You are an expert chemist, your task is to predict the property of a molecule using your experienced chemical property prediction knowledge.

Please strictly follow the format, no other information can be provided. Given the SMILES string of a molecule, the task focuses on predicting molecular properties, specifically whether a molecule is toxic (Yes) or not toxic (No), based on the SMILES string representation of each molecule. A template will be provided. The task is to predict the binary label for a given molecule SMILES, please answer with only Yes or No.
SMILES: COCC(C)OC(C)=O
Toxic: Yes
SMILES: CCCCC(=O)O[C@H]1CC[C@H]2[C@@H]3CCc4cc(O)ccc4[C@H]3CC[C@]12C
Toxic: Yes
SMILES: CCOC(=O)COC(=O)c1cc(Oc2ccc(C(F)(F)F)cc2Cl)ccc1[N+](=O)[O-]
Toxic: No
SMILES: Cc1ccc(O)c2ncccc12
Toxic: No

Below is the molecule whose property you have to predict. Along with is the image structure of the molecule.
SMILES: O=S1(=O)CC=CC1
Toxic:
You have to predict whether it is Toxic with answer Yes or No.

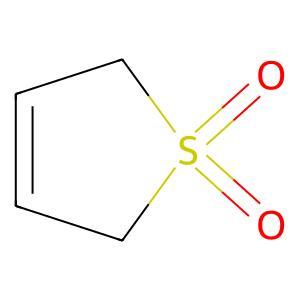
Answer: No